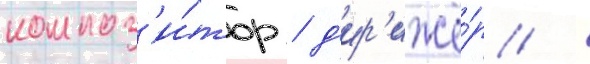
композ'и́тор / д'ир'ижё́р /